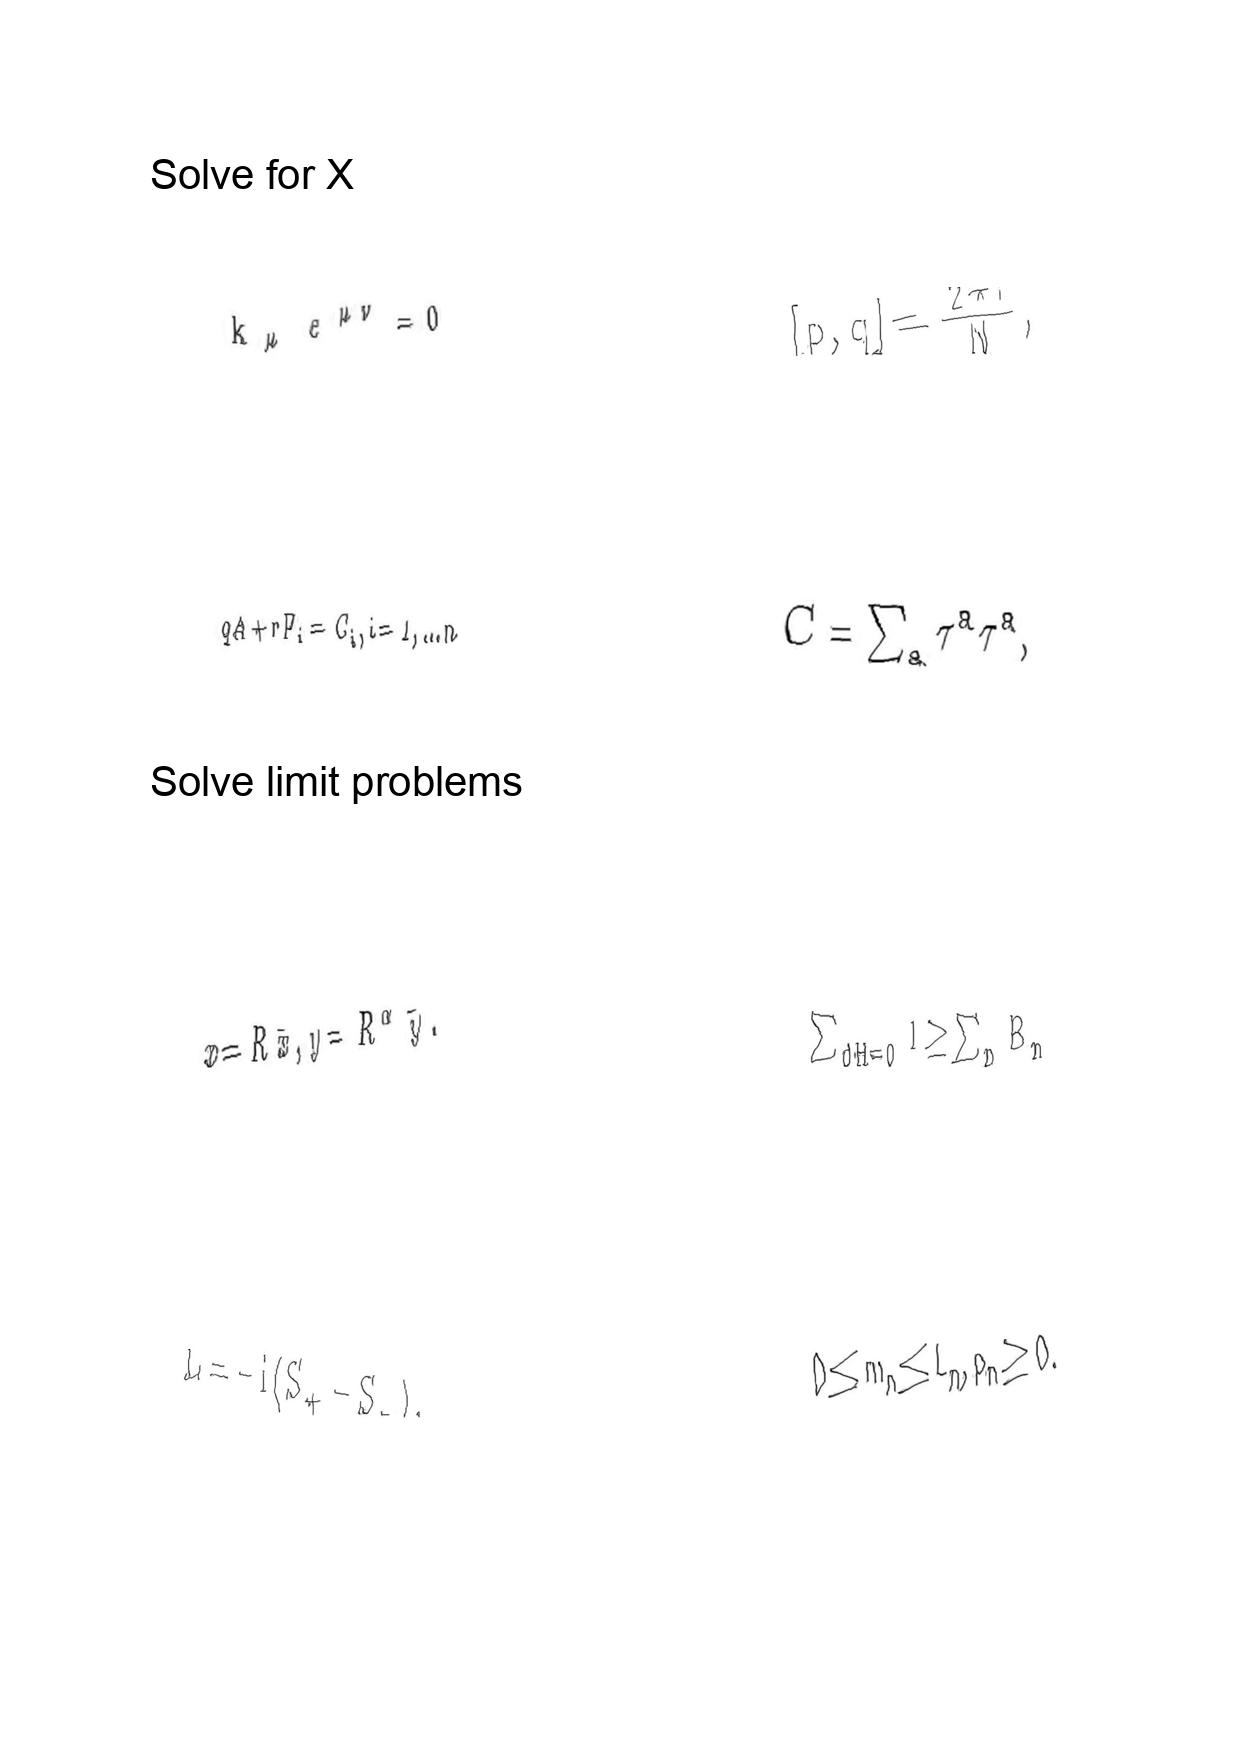
LaTeX transcription:
k _ { \mu } \varepsilon ^ { \mu \nu } = 0
q A + r F _ { i } = C _ { i } , i = 1 , . . . n
x = R \bar { x } , y = R ^ { \alpha } \bar { y } .
L = - i \lparen S _ { + } - S _ { - } \rparen .
\lbrack p , q \rbrack = \frac { 2 \pi i } { N } ,
C = \sum _ { a } \tau ^ { a } \tau ^ { a } ,
\sum _ { d H = 0 } 1 \geq \sum _ { n } B _ { n }
0 \le m _ { n } \le L _ { n } , p _ { n } \ge 0 .